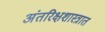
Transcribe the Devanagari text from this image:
अंतरिक्षशास्त्रात